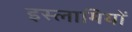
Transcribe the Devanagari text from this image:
इस्लामियों